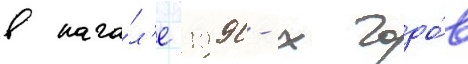
в нача́л'е 1990-х годо́в